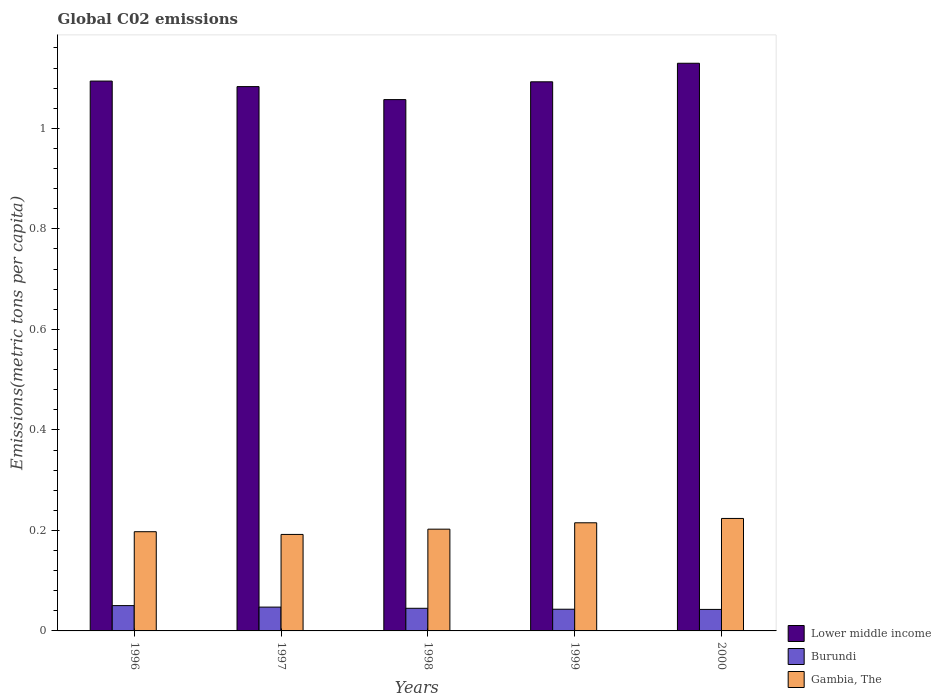
| Years | Lower middle income | Burundi | Gambia, The |
 | --- | --- | --- | --- |
 | 1996 | 1.09 | 0.0504 | 0.197 |
 | 1997 | 1.08 | 0.0474 | 0.192 |
 | 1998 | 1.06 | 0.045 | 0.202 |
 | 1999 | 1.09 | 0.0432 | 0.215 |
 | 2000 | 1.13 | 0.0428 | 0.224 |